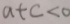
a + c < 0